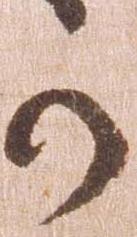
か